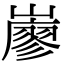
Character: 𡽦